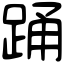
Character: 踊